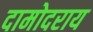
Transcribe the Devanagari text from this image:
दामोदराय